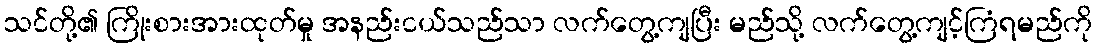
သင်တို့၏ ကြိုးစားအားထုတ်မှု အနည်းငယ်သည်သာ လက်တွေ့ကျပြီး မည်သို့ လက်တွေ့ကျင့်ကြံရမည်ကို